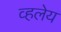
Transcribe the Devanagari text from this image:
व्हलेय